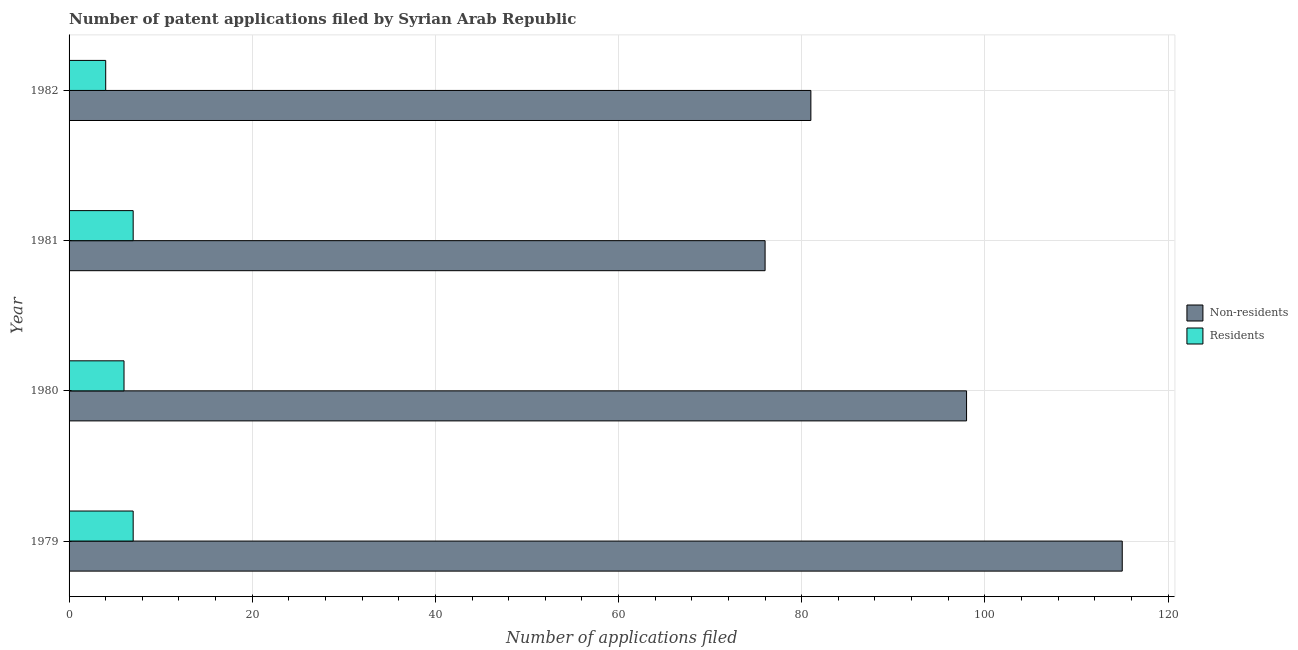
| Year | Non-residents | Residents |
 | --- | --- | --- |
 | 1979 | 115 | 7 |
 | 1980 | 98 | 6 |
 | 1981 | 76 | 7 |
 | 1982 | 81 | 4 |